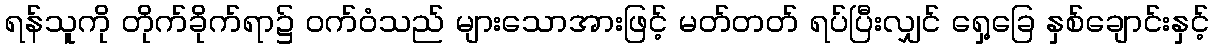
ရန်သူကို တိုက်ခိုက်ရာ၌ ဝက်ဝံသည် များသောအားဖြင့် မတ်တတ် ရပ်ပြီးလျှင် ရှေ့ခြေ နှစ်ချောင်းနှင့်